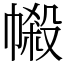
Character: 𢄌